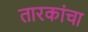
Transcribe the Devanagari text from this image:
तारकांचा